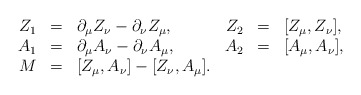
\begin{align*}\begin{array}{rclrcl}Z_1&=&\partial_{\mu}Z_{\nu}-\partial_{\nu}Z_{\mu},&Z_2&=&[Z_{\mu},Z_{\nu}],\\A_1&=&\partial_{\mu}A_{\nu}-\partial_{\nu}A_{\mu},&A_2&=&[A_{\mu},A_{\nu}],\\M&=&[Z_{\mu},A_{\nu}]-[Z_{\nu},A_{\mu}].&&&\end{array}\end{align*}